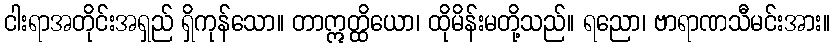
ငါးရာအတိုင်းအရှည် ရှိကုန်သော။ တာဣတ္ထိယော၊ ထိုမိန်းမတို့သည်။ ရညော၊ ဗာရာဏသီမင်းအား။